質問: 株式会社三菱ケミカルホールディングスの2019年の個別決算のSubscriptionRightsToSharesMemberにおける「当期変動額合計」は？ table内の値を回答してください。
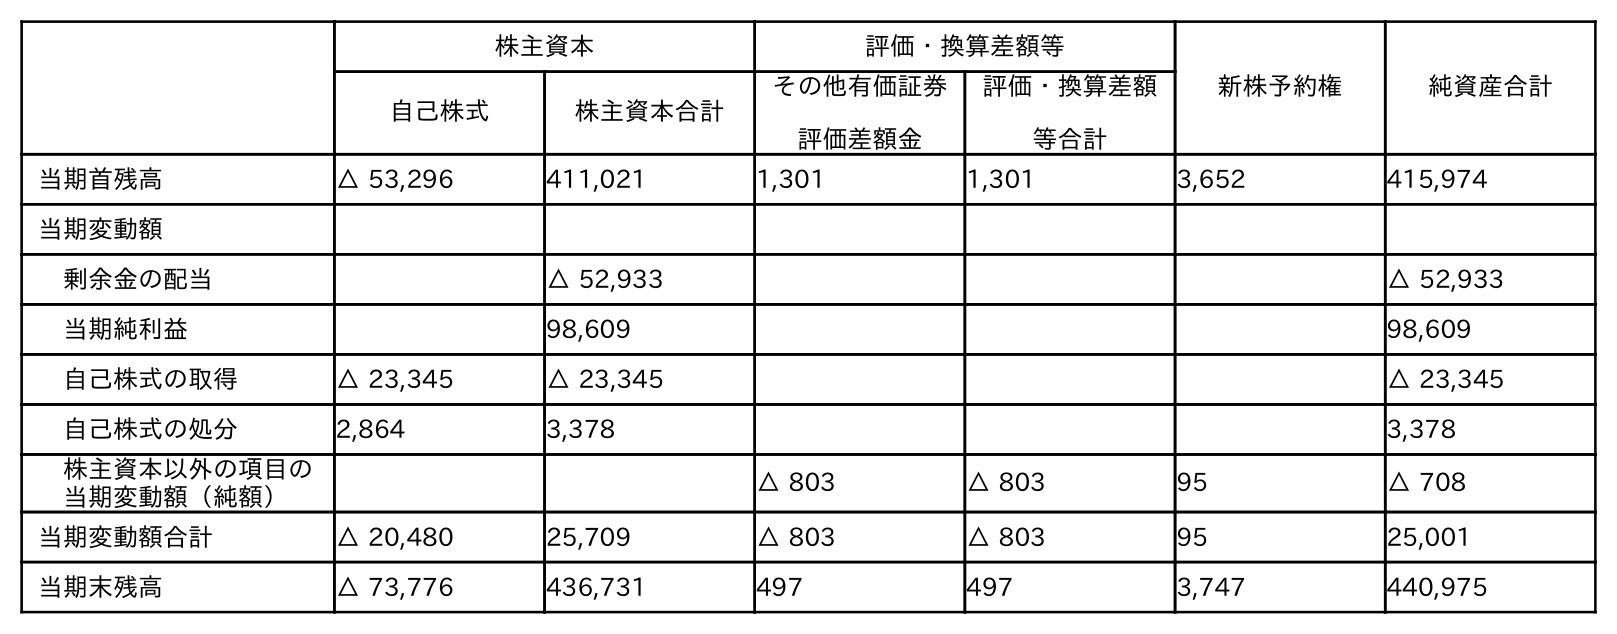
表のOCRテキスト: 株主資本 評価・換算差額等 新株予約権 純資産合計 自己株式 株主資本合計 その他有価証券 評価差額金 評価・換算差額 等合計 当期首残高 △ 53,296 411,021 1,301 1,301 3,652 415,974 当期変動額 剰余金の配当 △ 52,933 △ 52,933 当期純利益 98,609 98,609 自己株式の取得 △ 23,345 △ 23,345 △ 23,345 自己株式の処分 2,864 3,378 3,378 株主資本以外の項目の 当期変動額（純額） △ 803 △ 803 95 △ 708 当期変動額合計 △ 20,480 25,709 △ 803 △ 803 95 25,001 当期末残高 △ 73,776 436,731 497 497 3,747 440,975
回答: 95